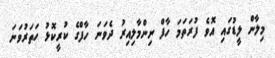
މިލާން ލީޑުގައި އޮވެ ފުރަތަމަ ހާފް ނިންމާލިއިރު ދެވަނަ ހާފްގެ ކުރީކޮޅު ހަތަރުވަނަ